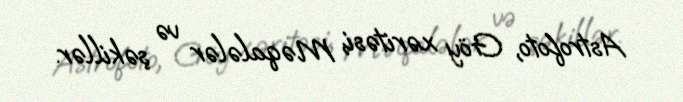
Astrofoto, Göy xəritəsi, Məqalələr və şəkillər.